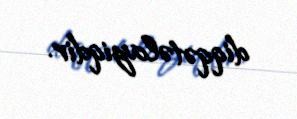
diqqətəlayiqdir.